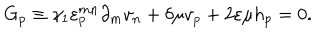
G _ { p } \equiv \gamma _ { 1 } \varepsilon _ { p } ^ { m n } \partial _ { m } v _ { n } + \delta \mu v _ { p } + 2 \varepsilon \mu h _ { p } = 0 .